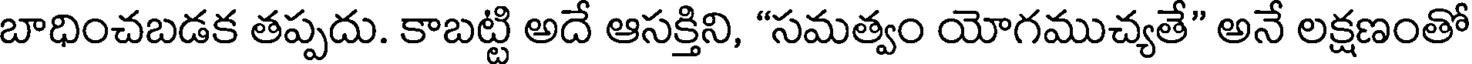
బాధించబడక తప్పదు. కాబట్టి అదే ఆసక్తిని, "సమత్వం యోగముచ్యతే" అనే లక్షణంతో